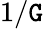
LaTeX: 1/\mathtt{G}